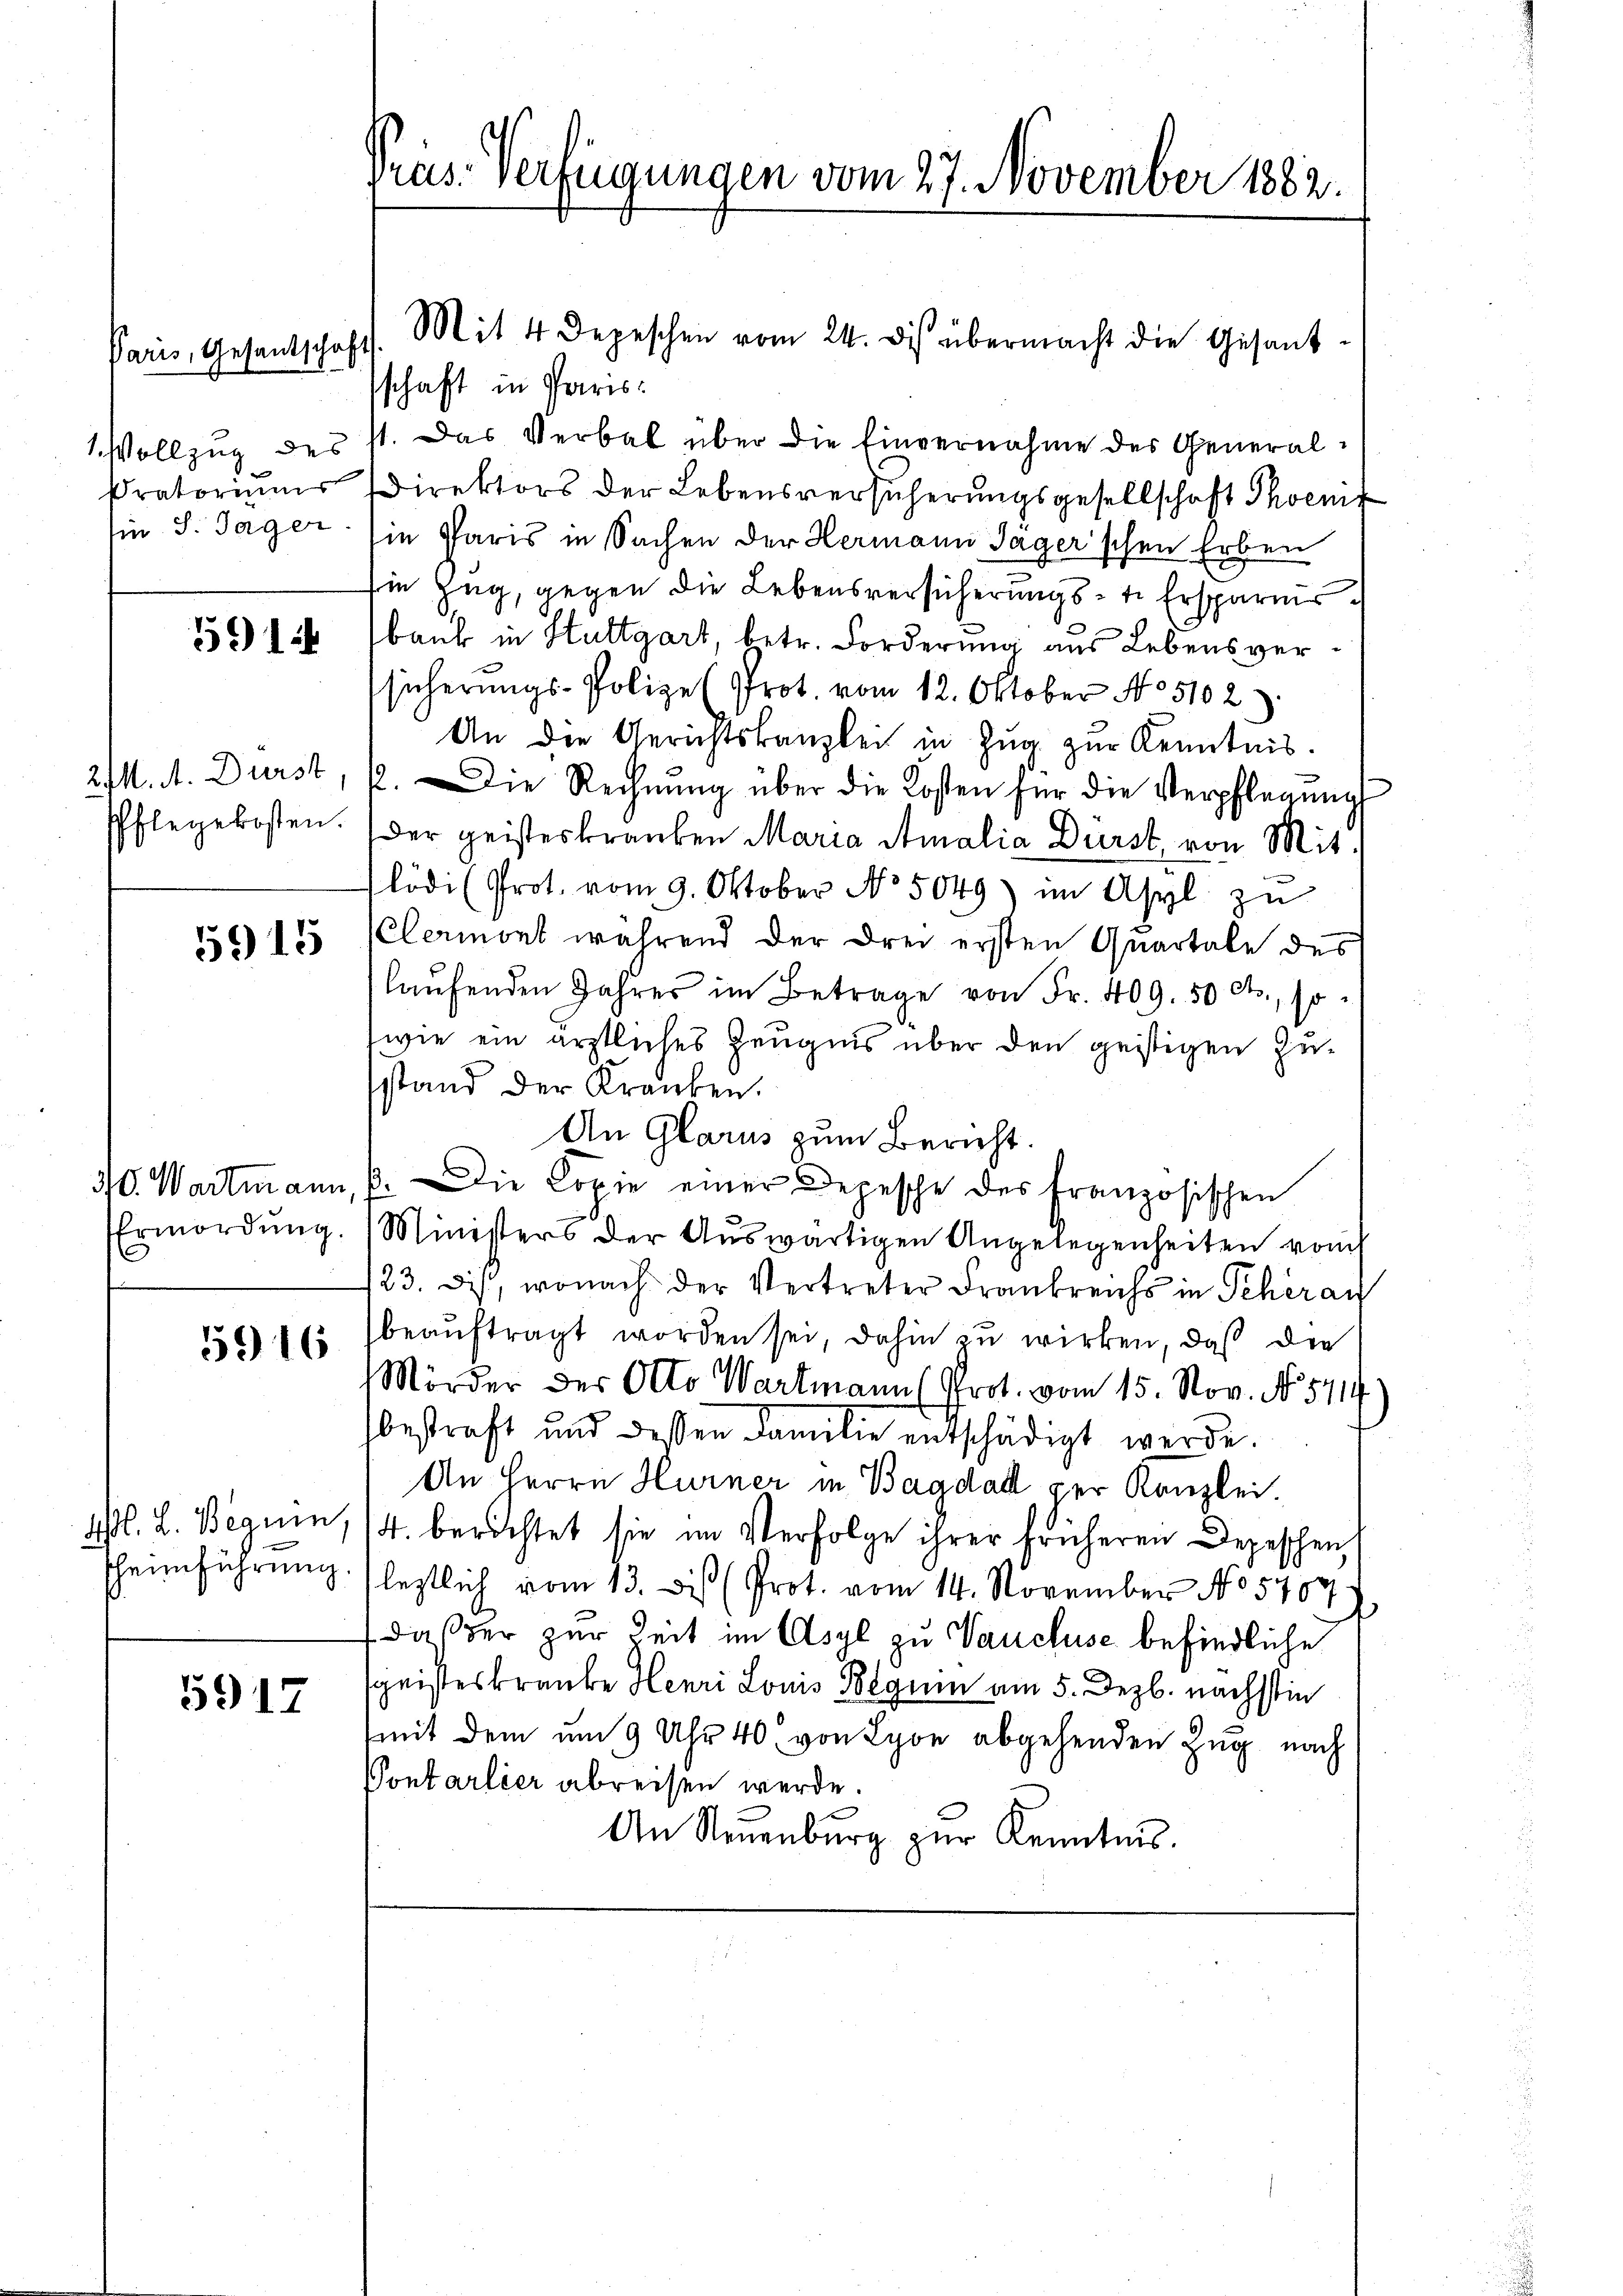
Paris, Gesandtschaft
Pratoriums
sin. S. Tager

5914

21. A. Durst

5915

5916

5917

30. Wartmann, P

Präs. Verfügungen vom 27. November 1882.

sschaft in Paris

1 Vollzug des st. Das Verbal über die Einvernahme des General¬
Direktors der Lebensversicherungsgesellschaft Thoemf
in Paris in Sachen der Hermann Jäger’schen Erben
in Zug, gegen die Lebensversicherungste Ersparnir
bank in Stuttgart, betr. Forderung aus Lebensversicherungs-Polize (Prot. vom 12. Oktober N. 5102.
An die Gerichtskanzlei in Zug zur Kenntnis.
2. Die Rechnŭng über die Kosten für die Verpflegŭng
Pflegekosten. (der geisteskranken Maria Amalia Dürst von Mitlödi (Prot. vom 9. Oktober No. 5049) im Asyl zu
Clermont während der drei ersten Quartale des
laŭfenden Jahres im Betrage von Fr. 409. 50 Cts., so
wie ein ärztliches Zeugnis über den geistigen Zusstand der Kranken.
An Glarus zum Bericht.
Die Copie einer Depesche des Französischen
Ermordŭng. Ministers der Aŭswärtigen Angelegenheiten vom
123. Dis, wonach der Vertreter Frankreichs in Peher au
beauftragt worden sei, dahin zu wirken, daß die
Mörder des Otto Wartmann (Prot. vom 15. Nov. No. 5714.
bestraft und dessen Familie entschädigt werde.
An Herrn Hurner in Bagdall per Kanzlei.
M. L. Beguin, 14. berichtet sie im Verfolge ihrer früheren Depeschen,
Theimführŭng (letztlich vom 13. Dis (Prot. vom 14. November No 5707.
 daß der zur Zeit im Asyl zu Vaucluse befindliche
sgeisteskranke Henri Louis Beguin am 5. Dezb. nächstin
mit dem um 9 Uhr 40 von Lyon abgehenden Zug nach
Pontarlier abreisen werde.
An Neuenburg zŭr Kenntnis.

Mit 4 Depeschen vom 24. des übermacht die Gesand¬